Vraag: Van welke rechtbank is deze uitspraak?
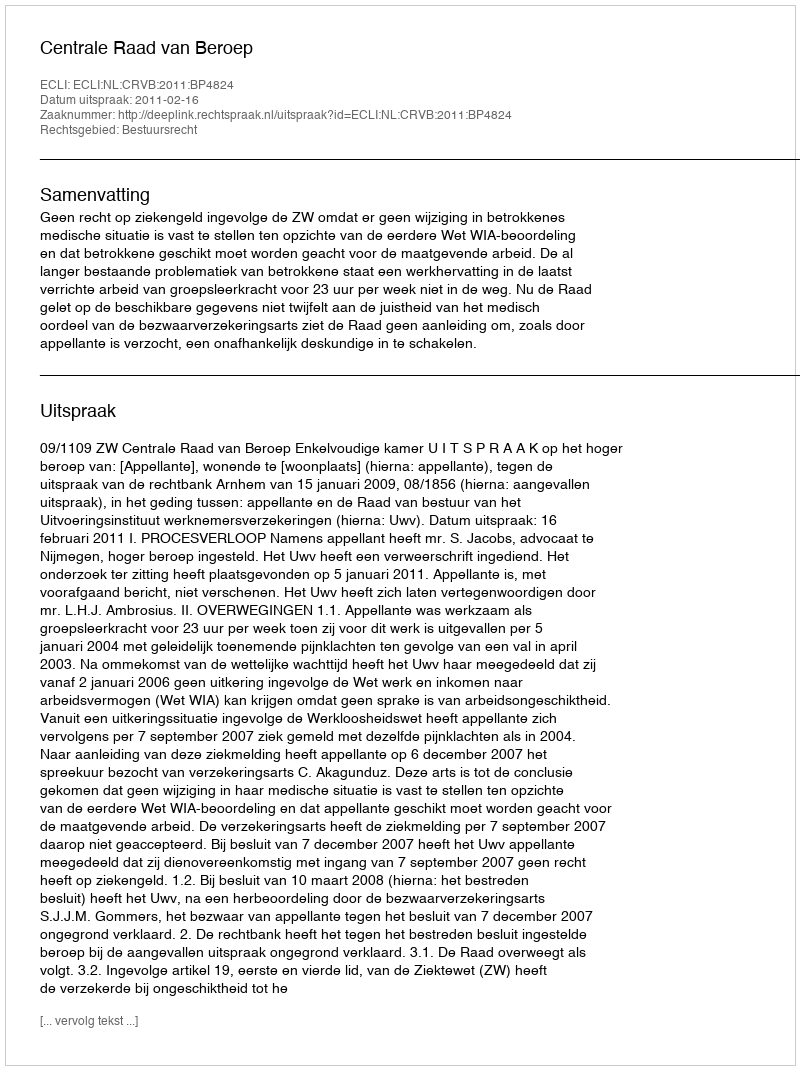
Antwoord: Centrale Raad van Beroep